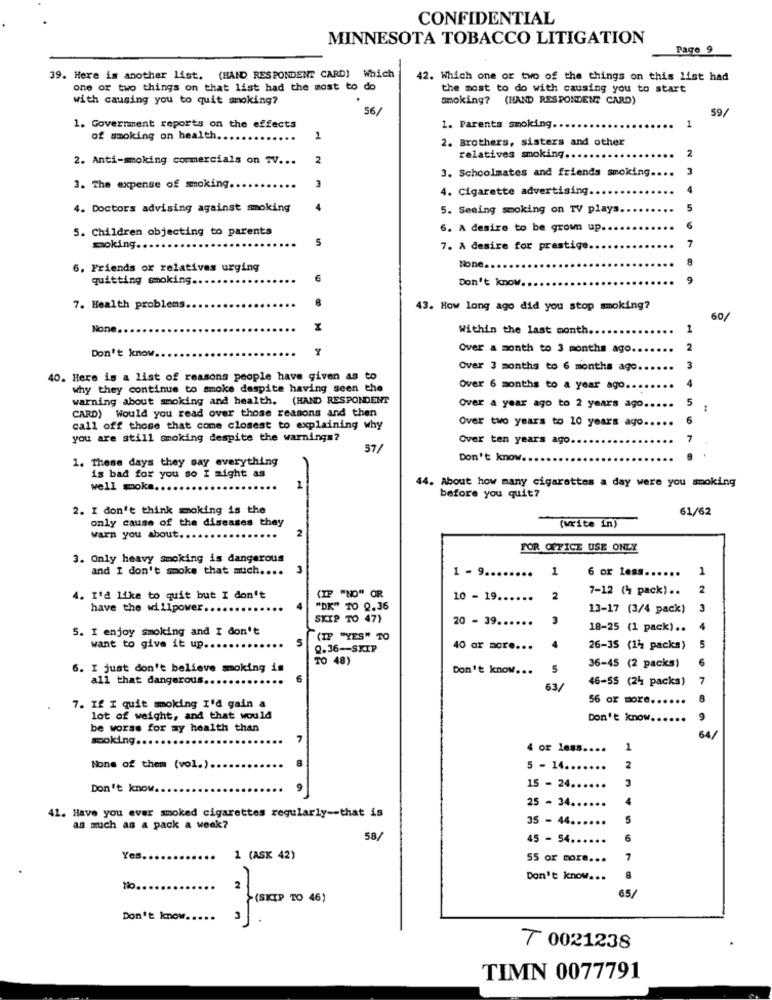
CONFIDENTIAL
MINNESOTA TOBACCO LITIGATION
Page 9
39. Here is another list. (HAND RESPONDENT CARD) Which
42. Which one or two of the things on this list had
one or two things on that list had the most to do
the most to do with causing you to start
with causing you to quit smoking?
smoking? (HAND RESPONDENT CARD)
56/
59/
1
1. Government reports on the effects
1. Parents smoking.
of smoking on health ...
1
2. Brothers, sisters and other
2
2. Anti-smoking commercials on TV ...
2
relatives smoking ..
3. Schoolmates and friends smoking ..
3. The expense of smoking ...
4. Cigarette advertising ..
4. Doctors advising against smoking
5. Seeing smoking on TV plays.
5. Children objecting to parents
6. A desire to be grown up
7
moking ...
7. A desire for prestige.
6. Friends or relatives urging
None.
quitting smoking.
Don't know. ..
7. Health problems
43. How long ago did you stop smoking?
60/
Non
M
Within the last month.
1
Over a month to 3 months ago.
2
Don't know.
Over 3 months to 6 months ago
3
40. Here is a list of reasons people have given as to
4
why they continue to smoke despite having seen the
Over 6 months to a year ago ..
warning about smoking and health. (HAND RESPONDENT
5
CARD) Would you read over those reasons and then
Over a year ago to 2 years ago
Over two years to 10 years ago
6
call off those that come closest to explaining why
you are still smoking despite the warnings?
Over ten years ago.
7
57/
1. These days they say everything
Don't know.
is bad for you so I might as
44. About how many cigarettes a day were you smoking
well smoke ..
before you quit?
2. I don't think moking is the
61/62
only cause of the diseases they
(write in)
warn you about ..
FOR OFFICE USE ONLY
3. Only heavy smoking is dangerous
and I don't smoke that much ....
1 - 9 .....
1
6 or less ......
...
7-12 (4 pack) ..
2
4. I'd like to quit but I don't
(IP "NO" OR
10 - 19 ......
2
have the willpower.
"DK" TO 0.36
13-17 (3/4 pack)
3
SKIP TO 47}
20 - 39 ...
...
3
5. I enjoy smoking and I don't
18-25 (1 pack) ..
5
(IF "YES" TO
5
want to give it up.
0.36 -- SKIP
40 or more ...
4
26-35 (14 packs)
TO 48)
6
6. I just don't believe smoking is
Don't know ...
5
36-45 (2 packs)
all that dangerous ..
46-55 (24 packs)
63/
56 or more ..
....
7. If I quit smoking I'd gain a
lot of weight, and that would
Don't know.
9
be worse for my health than
sooking ...
64/
4 or less ....
1
None of them (vol.).
5 - 14 ...
2
3
Don't know.
15 - 24 ......
25 - 34 ......
41. Have you ever smoked cigarettes regularly -- that is
35 - 44.
5
as much as a pack a week?
58/
45 - 54 ......
6
Yes.
1 (ASK 42)
55 or more ...
7
Don't know ...
8
No
2
65/
(SKIP TO 46)
Don't know.
7 0021238
TIMN 0077791